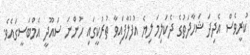
ކުރީވެސް އެދިދަ ޝަހާދަތުގެ ދެކަލިމަ ލިިޔެ އުފުލާފައިވާ ތުރުކީގައި ހުންނަ ސައޫދީ އެމްބަސީގައެވެ.